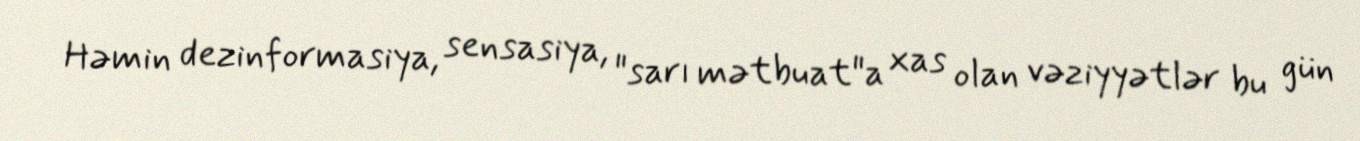
Həmin dezinformasiya, sensasiya, "sarı mətbuat"a xas olan vəziyyətlər bu gün